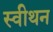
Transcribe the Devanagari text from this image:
स्वीथन